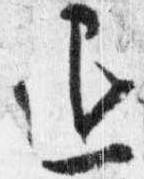
退